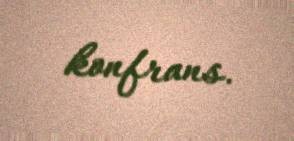
konfrans.